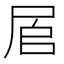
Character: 𱚷